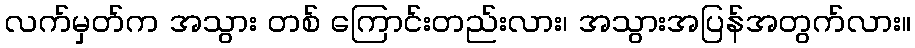
လက်မှတ်က အသွား တစ် ကြောင်းတည်းလား၊ အသွားအပြန်အတွက်လား။